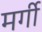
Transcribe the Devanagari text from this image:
मर्गी